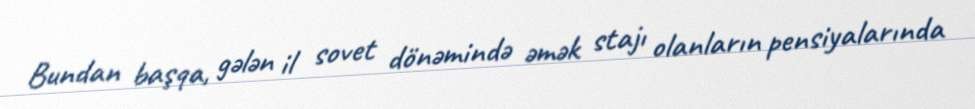
Bundan başqa, gələn il sovet dönəmində əmək stajı olanların pensiyalarında